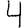
Digit: 4